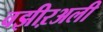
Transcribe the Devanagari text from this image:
वझीऱअली